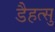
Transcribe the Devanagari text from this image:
डैहत्सु